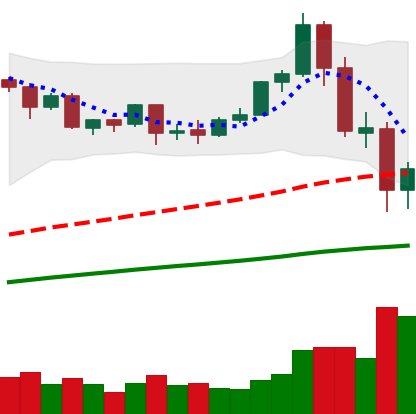
Ticker: ETH-USD
Chart end date: 2020-09-06
Forward return: 6.037%
Label: up_5_7